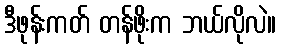
ဒီဖုန်းကတ် တန်ဖိုးက ဘယ်လိုလဲ။